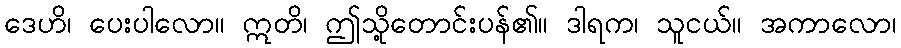
ဒေဟိ၊ ပေးပါလော။ ဣတိ၊ ဤသို့တောင်းပန်၏။ ဒါရက၊ သူငယ်။ အကာလော၊